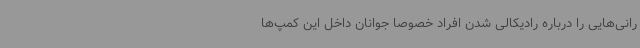
رانی‌هایی را درباره رادیکالی شدن افراد خصوصا جوانان داخل این کمپ‌ها